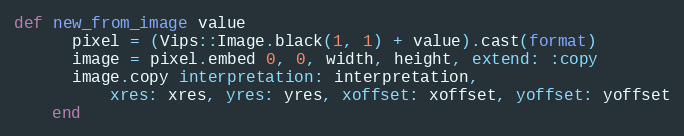
Language: Ruby
def new_from_image value
      pixel = (Vips::Image.black(1, 1) + value).cast(format)
      image = pixel.embed 0, 0, width, height, extend: :copy
      image.copy interpretation: interpretation,
          xres: xres, yres: yres, xoffset: xoffset, yoffset: yoffset
    end